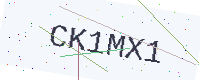
Text: CK1MX1